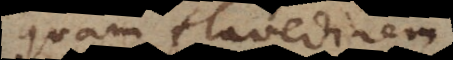
quam flavedinem